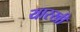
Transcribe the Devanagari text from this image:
यारखी